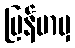
မြန်မာမှ